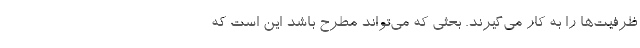
ظرفیت‌ها را به کار می‌گیرند. بحثی که می‌تواند مطرح باشد این است که